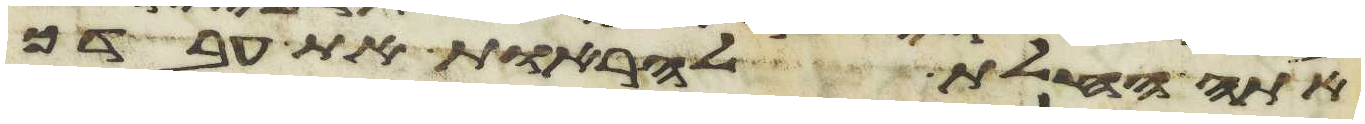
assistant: אתה החלת להראות את עבדך